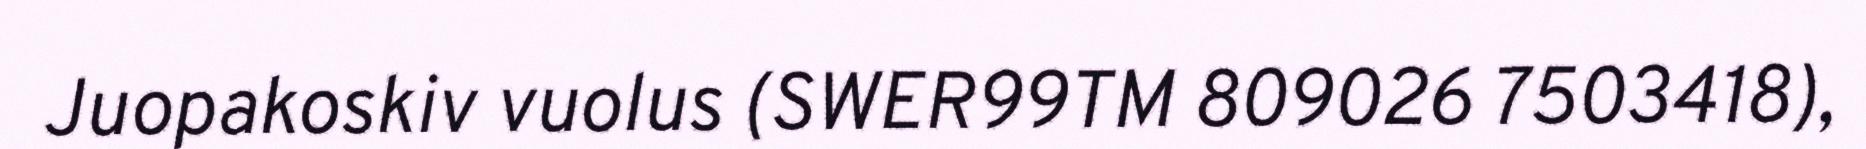
Juopakoskiv vuolus (SWER99TM 809026 7503418),